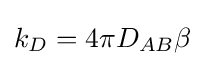
k_{D}=4\pi D_{AB}\beta